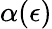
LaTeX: \alpha(\epsilon)